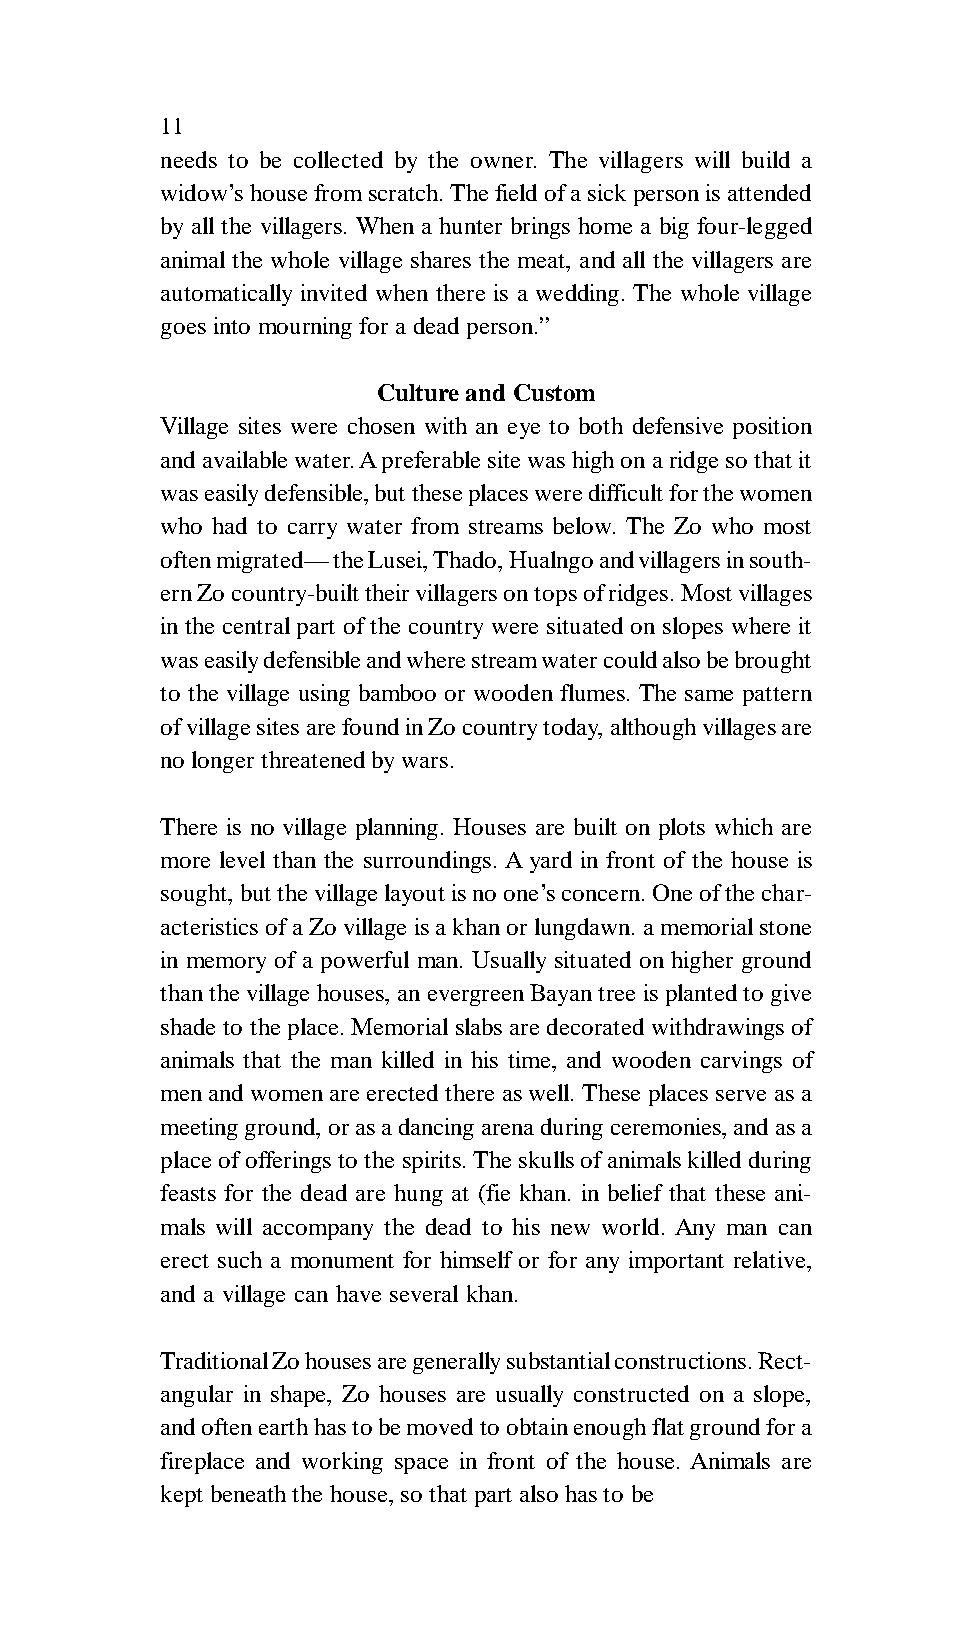
11
 needs to be collected by the owner. The villagers will build a
 widow’s house from scratch. The field of a sick person is attended
 by all the villagers. When a hunter brings home a big four-legged
 animal the whole village shares the meat, and all the villagers are
 automatically invited when there is a wedding. The whole village
 goes into mourning for a dead person.”
 Culture and Custom
 Village sites were chosen with an eye to both defensive position
 and available water. A preferable site was high on a ridge so that it
 was easily defensible, but these places were difficult for the women
 who had to carry water from streams below. The Zo who most
 often migrated— the Lusei, Thado, Hualngo and villagers in south-
 ern Zo country-built their villagers on tops of ridges. Most villages
 in the central part of the country were situated on slopes where it
 was easily defensible and where stream water could also be brought
 to the village using bamboo or wooden flumes. The same pattern
 of village sites are found in Zo country today, although villages are
 no longer threatened by wars.
 There is no village planning. Houses are built on plots which are
 more level than the surroundings. A yard in front of the house is
 sought, but the village layout is no one’s concern. One of the char-
 acteristics of a Zo village is a khan or lungdawn. a memorial stone
 in memory of a powerful man. Usually situated on higher ground
 than the village houses, an evergreen Bayan tree is planted to give
 shade to the place. Memorial slabs are decorated withdrawings of
 animals that the man killed in his time, and wooden carvings of
 men and women are erected there as well. These places serve as a
 meeting ground, or as a dancing arena during ceremonies, and as a
 place of offerings to the spirits. The skulls of animals killed during
 feasts for the dead are hung at (fie khan. in belief that these ani-
 mals will accompany the dead to his new world. Any man can
 erect such a monument for himself or for any important relative,
 and a village can have several khan.
 Traditional Zo houses are generally substantial constructions. Rect-
 angular in shape, Zo houses are usually constructed on a slope,
 and often earth has to be moved to obtain enough flat ground for a
 fireplace and working space in front of the house. Animals are
 kept beneath the house, so that part also has to be